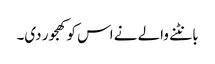
بانٹنے والے نے اس کو کھجور دی۔